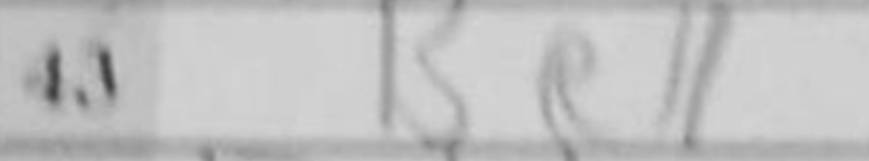
Transcription: Be1